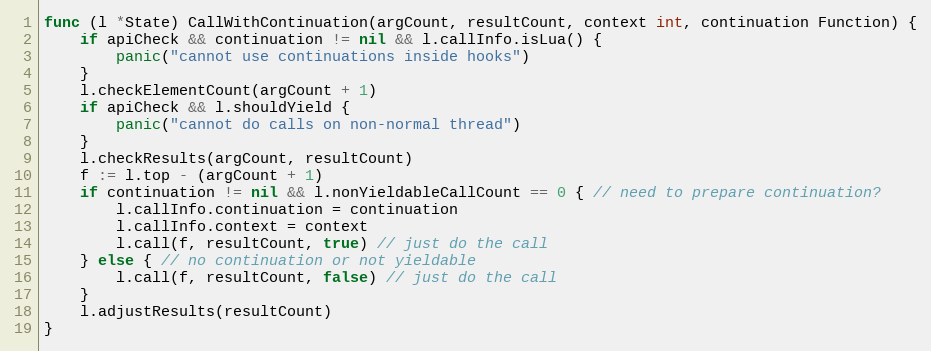
Language: Go
func (l *State) CallWithContinuation(argCount, resultCount, context int, continuation Function) {
	if apiCheck && continuation != nil && l.callInfo.isLua() {
		panic("cannot use continuations inside hooks")
	}
	l.checkElementCount(argCount + 1)
	if apiCheck && l.shouldYield {
		panic("cannot do calls on non-normal thread")
	}
	l.checkResults(argCount, resultCount)
	f := l.top - (argCount + 1)
	if continuation != nil && l.nonYieldableCallCount == 0 { // need to prepare continuation?
		l.callInfo.continuation = continuation
		l.callInfo.context = context
		l.call(f, resultCount, true) // just do the call
	} else { // no continuation or not yieldable
		l.call(f, resultCount, false) // just do the call
	}
	l.adjustResults(resultCount)
}